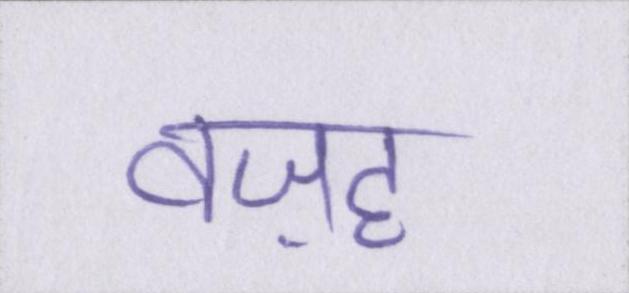
वज़ह